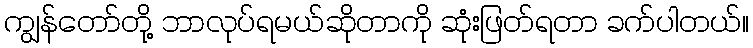
ကျွန်တော်တို့ ဘာလုပ်ရမယ်ဆိုတာကို ဆုံးဖြတ်ရတာ ခက်ပါတယ်။